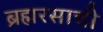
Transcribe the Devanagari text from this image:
ब्रह्मरसाची